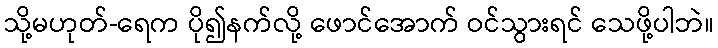
သို့မဟုတ်-ရေက ပို၍နက်လို့ ဖောင်အောက် ဝင်သွားရင် သေဖို့ပါဘဲ။